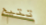
تتيح